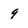
Character: 9